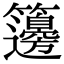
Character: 籩